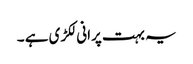
یہ بہت پرانی لکڑی ہے ۔